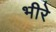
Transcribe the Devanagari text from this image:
भीरे